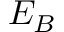
E _ { B }